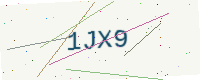
Text: 1JX9